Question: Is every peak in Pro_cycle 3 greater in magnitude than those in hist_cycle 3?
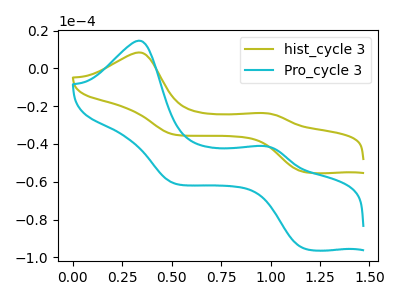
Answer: <think>The olive curve "hist_cycle 3" has anodic peaks at (0.35V, 8.45uA) (0.95V, -23.65uA) and cathodic peaks at (1.15V, -54.80uA) (0.50V, -35.00uA). The cyan curve "Pro_cycle 3" has anodic peaks at (0.35V, 14.70uA) (0.95V, -41.10uA) and cathodic peaks at (1.15V, -95.25uA) (0.50V, -60.85uA).</think>
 <answer>The peaks in "Pro_cycle 3" are neither all higher or all lower than the peaks in "hist_cycle 3".</answer>
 <eval>mixed</eval>